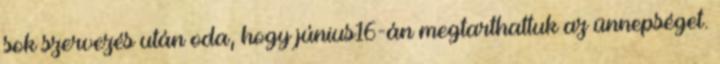
sok szervezés után oda, hogy június16-án megtarthattuk az ünnepséget.